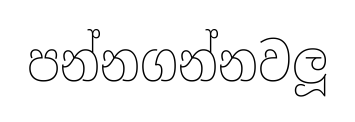
පන්නගන්නවලූ